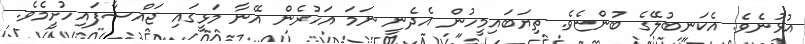
އުޅުނެވެ. އެކަނބުލޭގެ ބުންޏެވެ. ތިޔަބައިމީހުން އެދެނީ ނަމަ އަހުރެން އޭނާ މަޅީގައި ޖައްސާފައިހުށީމެވެ.